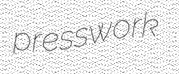
presswork